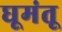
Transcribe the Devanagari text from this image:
घूमंतू